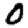
Digit: 0